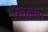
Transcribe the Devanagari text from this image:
रितेल्ला